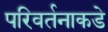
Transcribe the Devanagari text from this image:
परिवर्तनाकडे